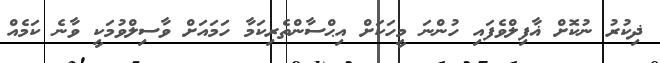
ޛިކުރު ނުކޮށް ޣާފިލްވެފައި ހުންނަ މީހަކަށް އިޙްސާންތެރިކަމާ ހަމައަށް ވާސިލްވުމަކީ ވާނެ ކަމެއް